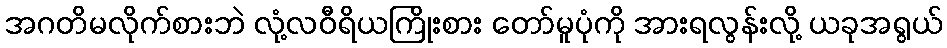
အဂတိမလိုက်စားဘဲ လုံ့လဝီရိယကြိုးစား တော်မူပုံကို အားရလွန်းလို့ ယခုအရွယ်